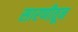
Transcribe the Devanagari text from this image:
सारणीतून